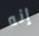
إنه